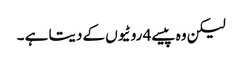
لیکن وہ پیسے 4 روٹیوں کے دیتا ہے ۔